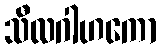
သီလဂါဟကော